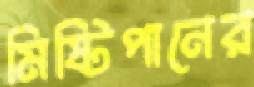
মিষ্টিপানের